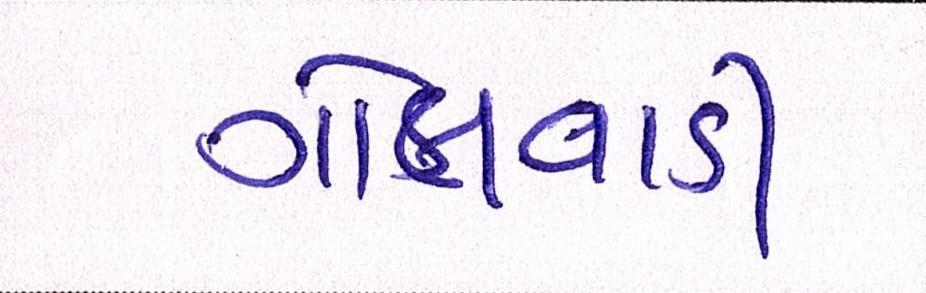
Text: ગોલવાડી